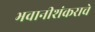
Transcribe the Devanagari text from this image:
भवानीशंकराचे